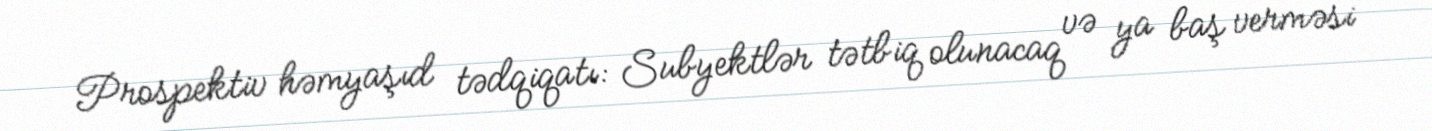
Prospektiv həmyaşıd tədqiqatı: Subyektlər tətbiq olunacaq və ya baş verməsi